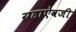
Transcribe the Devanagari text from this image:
ग्रहाऐवजी